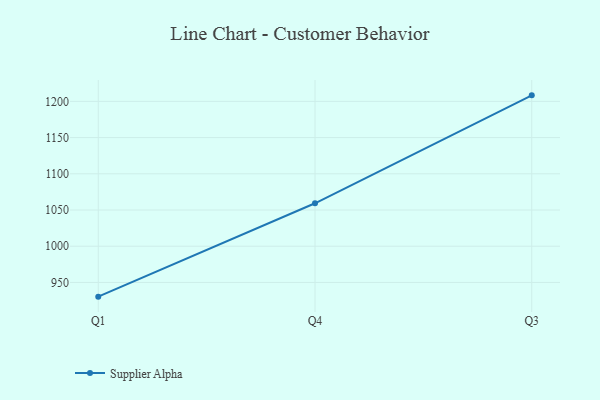
{"axis": {"x": "Quarter", "y": "Revenue (USD Million)"}, "legend": ["Supplier Alpha"], "data": [{"x": "Q1", "y": 930.4, "type": "Supplier Alpha"}, {"x": "Q4", "y": 1059.3, "type": "Supplier Alpha"}, {"x": "Q3", "y": 1208.3, "type": "Supplier Alpha"}]}